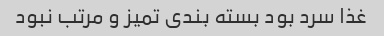
غذا سرد بود بسته بندی تمیز و مرتب نبود